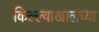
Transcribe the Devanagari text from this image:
किल्ल्याखालच्या